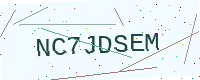
Text: NC7JDSEM